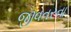
જીવતરના